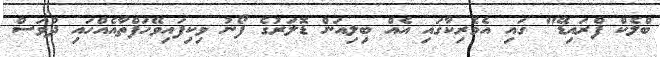
ބްލެކް ފްރައިޑޭ" ގައި އެމެރިކާގައި އެއް ބިލިއަން ޑޮލަރުގެ ފޯނު ވިކިފައިވޭހަފްތާއެއްހައި ދުވަސް